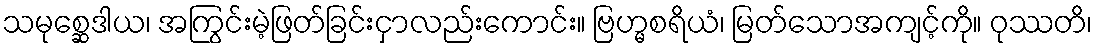
သမုစ္ဆေဒါယ၊ အကြွင်းမဲ့ဖြတ်ခြင်းငှာလည်းကောင်း။ ဗြဟ္မစရိယံ၊ မြတ်သောအကျင့်ကို။ ဝုဿတိ၊